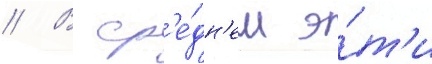
// В ср'е́дн'ем э́т'и